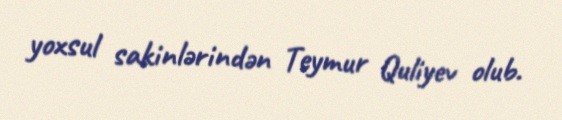
yoxsul sakinlərindən Teymur Quliyev olub.